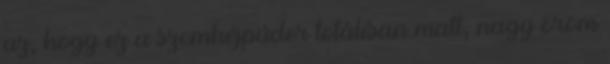
az, hogy ez a szemhéjpúder totálisan matt, nagy öröm